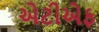
એટીએફ